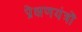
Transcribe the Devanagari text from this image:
प्रेक्षणयंत्रों